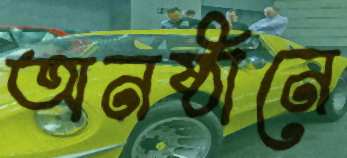
অনষ্ঠানে